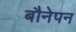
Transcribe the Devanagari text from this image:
बौनेपन